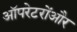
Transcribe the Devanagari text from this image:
ऑपरेटरोंऔर